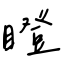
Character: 瞪